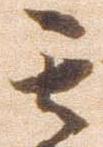
其